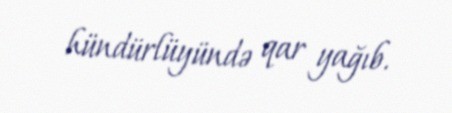
hündürlüyündə qar yağıb.